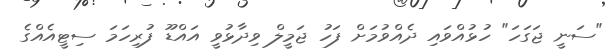
"ސަނީ ޖަގަހަ" ހުޅުއްވައި ދެއްވުމަށް ފަހު ޖަމީލް ވިދާޅުވީ އައްޑޫ ފުރިހަމަ ސިޓީއެއްގެ